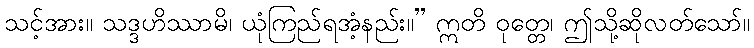
သင့်အား။ သဒ္ဒဟိဿာမိ၊ ယုံကြည်ရအံ့နည်း။” ဣတိ ဝုတ္တေ၊ ဤသို့ဆိုလတ်သော်။